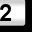
Digit: 2